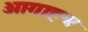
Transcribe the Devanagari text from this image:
आगाहश्र